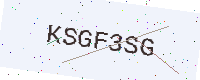
Text: KSGF3SG